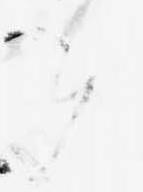
候